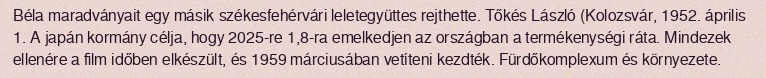
Béla maradványait egy másik székesfehérvári leletegyüttes rejthette. Tőkés László (Kolozsvár, 1952. április 1. A japán kormány célja, hogy 2025-re 1,8-ra emelkedjen az országban a termékenységi ráta. Mindezek ellenére a film időben elkészült, és 1959 márciusában vetíteni kezdték. Fürdőkomplexum és környezete.